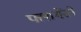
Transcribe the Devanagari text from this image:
फ्लामेंसो